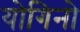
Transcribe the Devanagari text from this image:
योगिनो